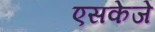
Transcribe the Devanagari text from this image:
एसकेजे